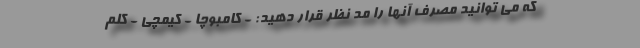
که می توانید مصرف آنها را مد نظر قرار دهید: - کامبوچا - کیمچی - کلم